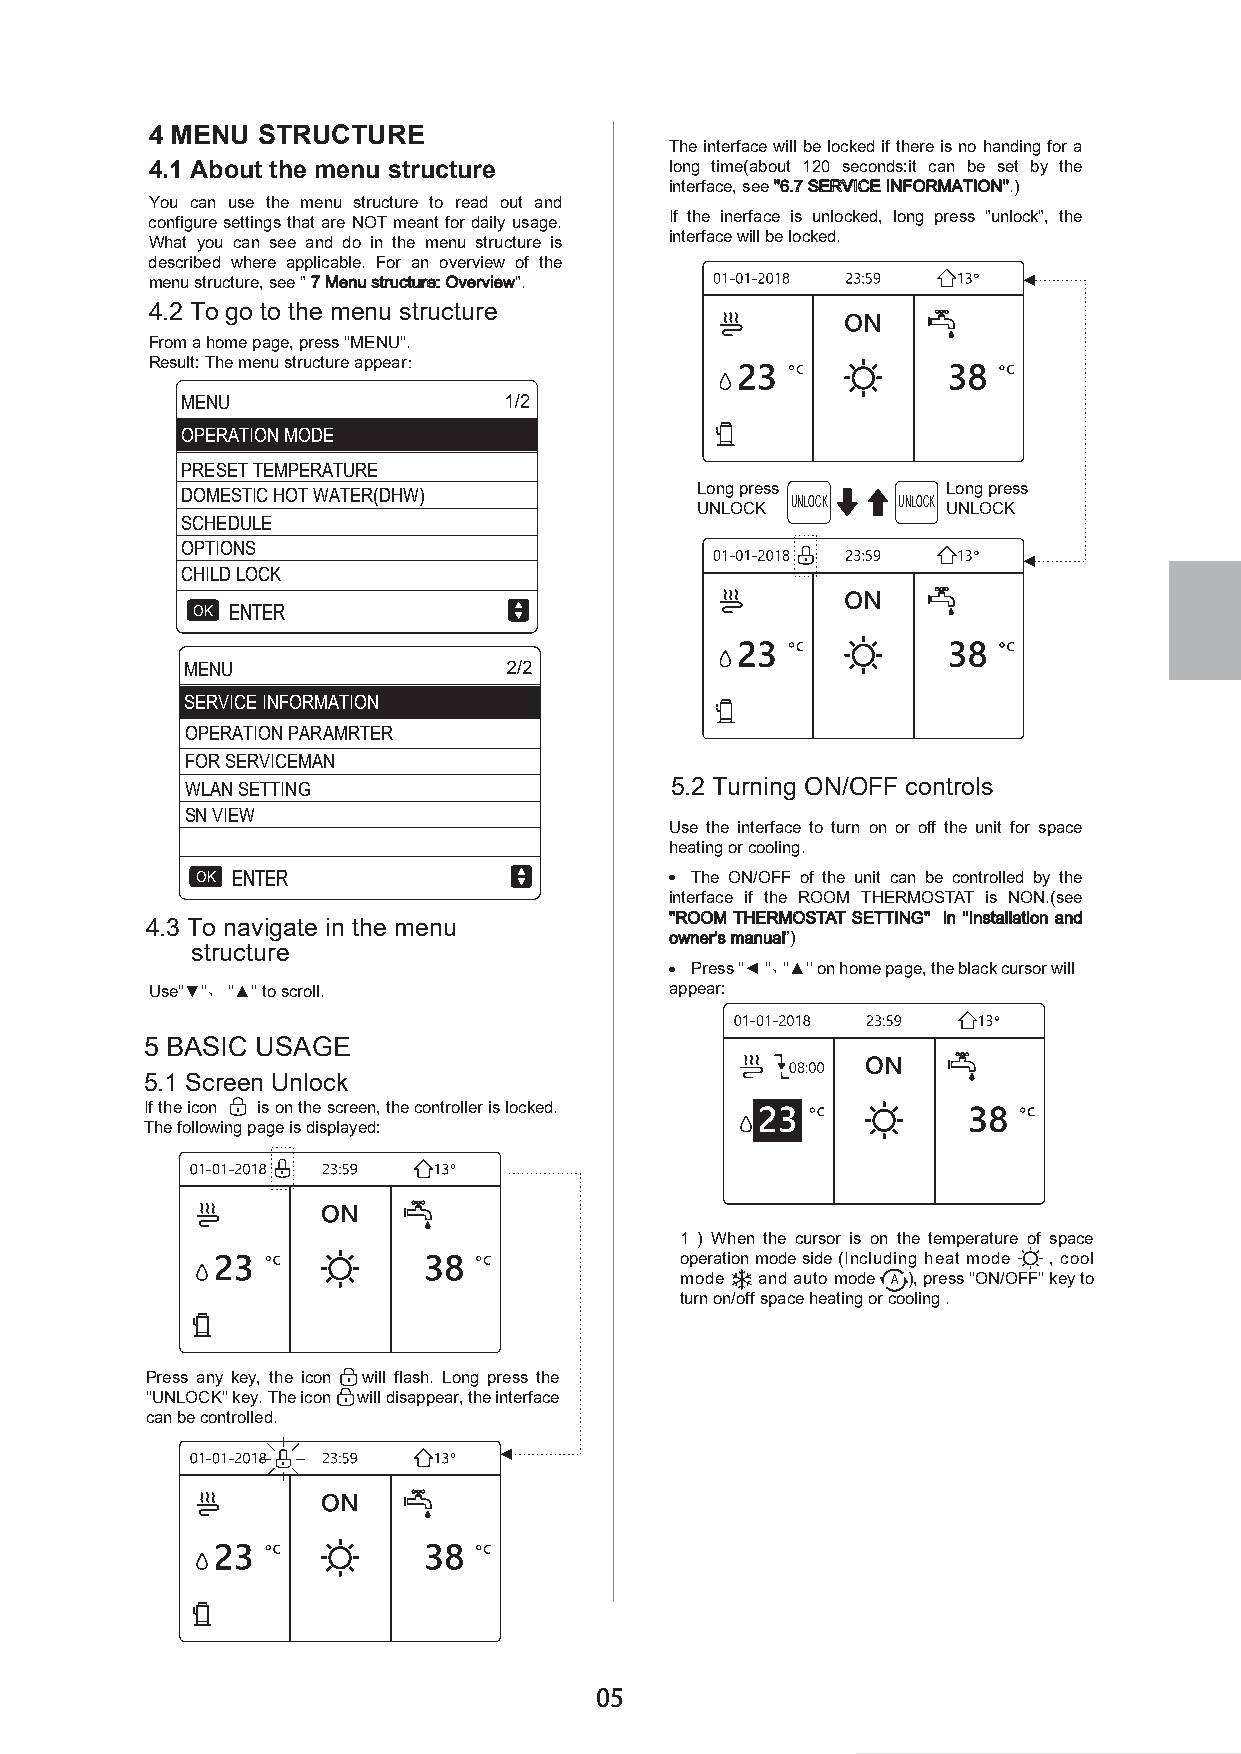
4 MENU STRUCTURE
 The interface will be locked if there is no handing for a
 4.1 About the menu structure      long time(about 120 seconds:it can be set by the
 interface, see ''6.7 SERVICE INFORMATION''.)
 You can use the menu structure to read out and
 configure settings that are NOT meant for daily usage. If the inerface is unlocked, long press "unlock", the
 What you can see and do in the menu structure is interface will be locked.
 described where applicable. For an overview of the
 menu structure, see " 7 Menu structure: Overview".        ◄
 4.2 To go to the menu structure
 From a home page, press ''MENU''.
 Result: The menu structure appear：
 MENU
 OPERATION MODE
 PRESET TEMPERATURE
 DOMESTIC HOT WATER(DHW)           Long press       Long press
 UNLOCK UNLOCK
 UNLOCK           UNLOCK
 SCHEDULE
 OPTIONS
 ◄
 CHILD LOCK
 OK ENTER
 MENU
 SERVICE INFORMATION
 OPERATION PARAMRTER
 FOR SERVICEMAN
 WLAN SETTING                    5.2 Turning ON/OFF controls
 SN VIEW
 Use the interface to turn on or off the unit for space
 heating or cooling.
 OK ENTER                         The ON/OFF of the unit can be controlled by the
 interface if the ROOM THERMOSTAT is NON.(see
 ''ROOM THERMOSTAT SETTING'' in ''Installation and
 4.3 To navigate in the menu
 owner's manual”)
 structure
 Press ''◄ ''、 ''▲'' on home page, the black cursor will
 Use''▼''、 ''▲'' to scroll.        appear:
 5 BASIC USAGE
 5.1 Screen Unlock
 If the icon is on the screen, the controller is locked.
 The following page is displayed:
 1 ) When the cursor is on the temperature of space
 operation mode side (Including heat mode , cool
 mode and auto mode A ), press ''ON/OFF'' key to
 turn on/off space heating or cooling .
 Press any key, the icon will flash. Long press the
 ''UNLOCK'' key. The icon will disappear, the interface
 can be controlled.
 ◄
 05